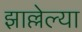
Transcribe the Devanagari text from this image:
झाल्लेल्या